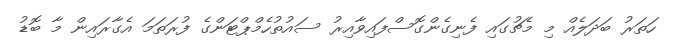
ހަތަރު ބަދަލެއް މި މެޗުގައި ފެނިގެންގޮސްފައިވާއިރު ސައުތުހެމްޕްޓަންގެ ފުރަތަމަ އެގާރައިން މާ ބޮޑު